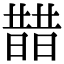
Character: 𣊣